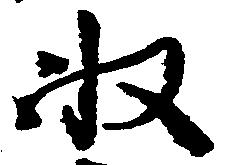
収